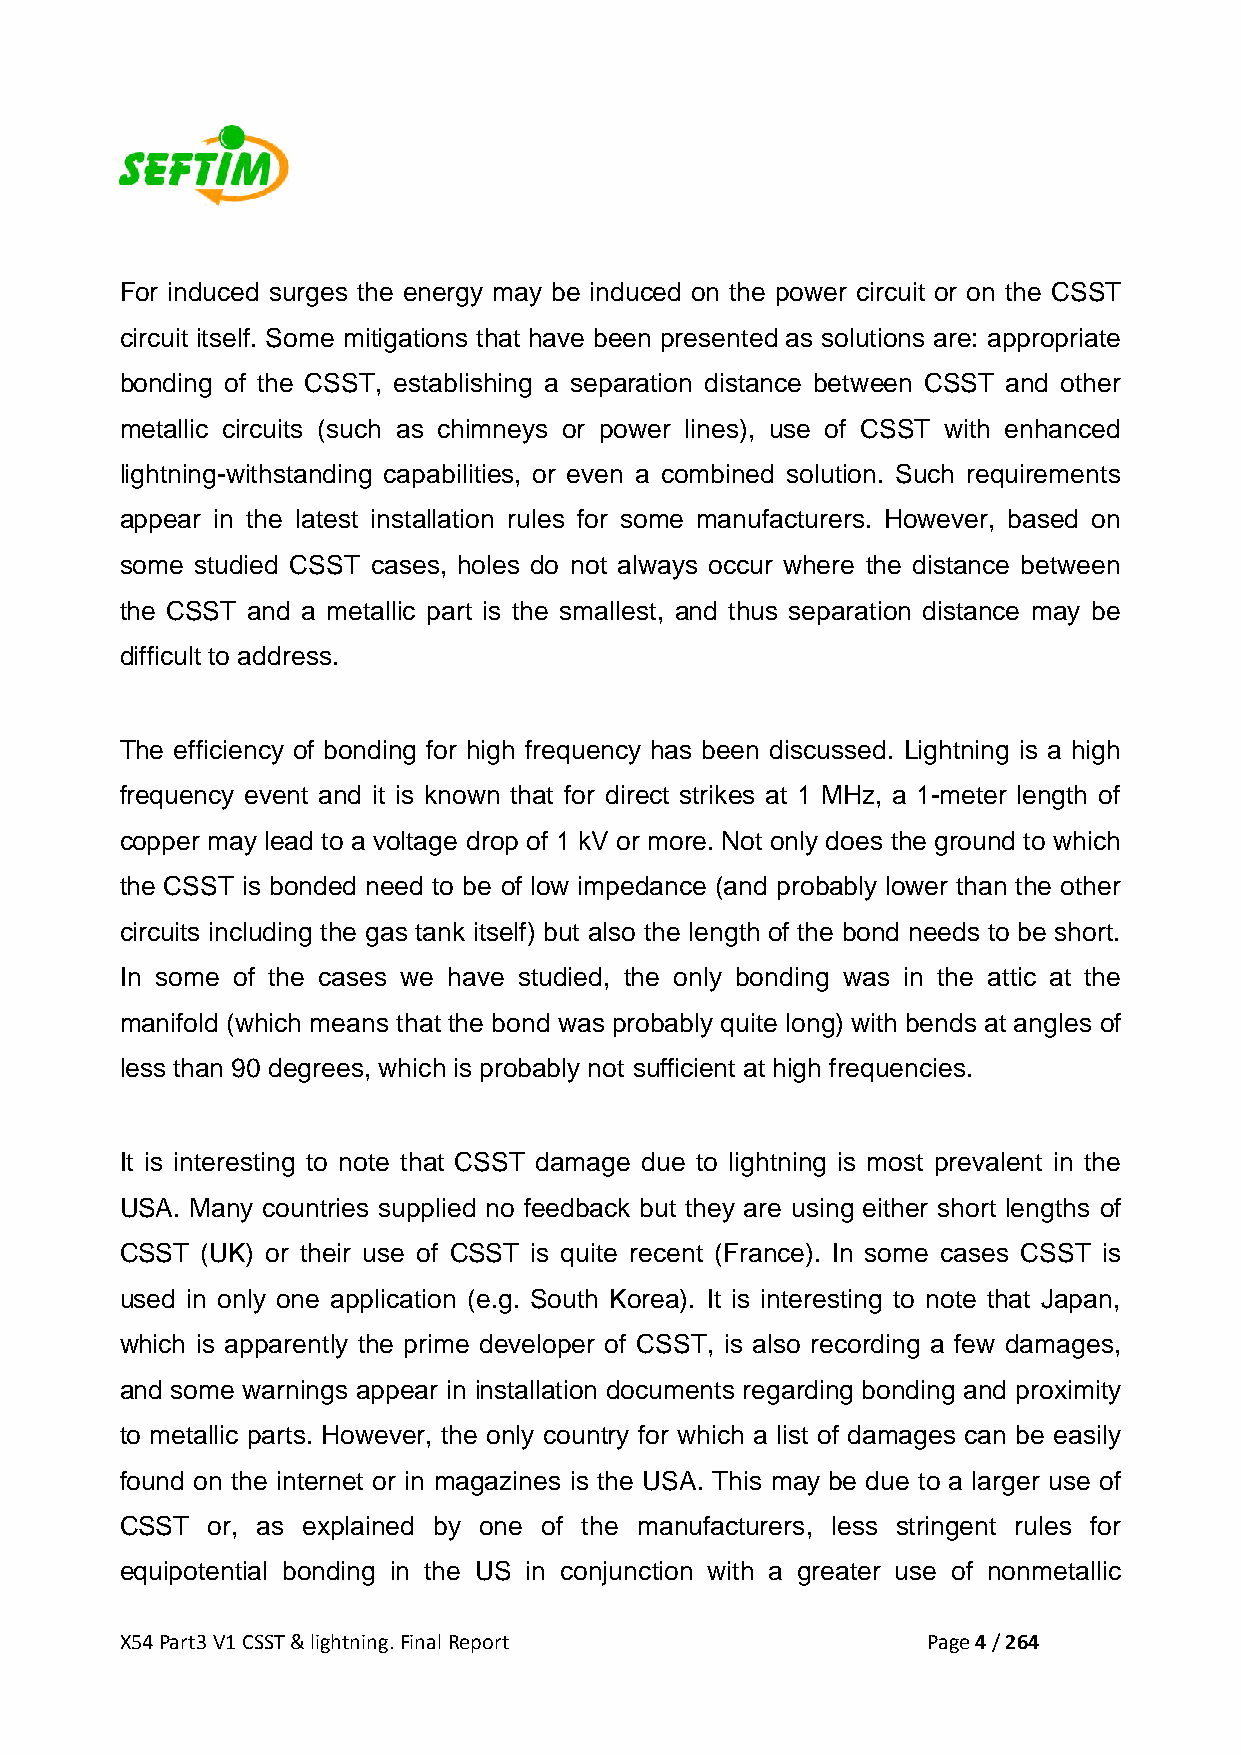
For induced surges the energy may be induced on the power circuit or on the CSST
 circuit itself. Some mitigations that have been presented as solutions are: appropriate
 bonding of the CSST, establishing a separation distance between CSST and other
 metallic circuits (such as chimneys or power lines), use of CSST with enhanced
 lightning-withstanding capabilities, or even a combined solution. Such requirements
 appear in the latest installation rules for some manufacturers. However, based on
 some studied CSST cases, holes do not always occur where the distance between
 the CSST and a metallic part is the smallest, and thus separation distance may be
 difficult to address.
 The efficiency of bonding for high frequency has been discussed. Lightning is a high
 frequency event and it is known that for direct strikes at 1 MHz, a 1-meter length of
 copper may lead to a voltage drop of 1 kV or more. Not only does the ground to which
 the CSST is bonded need to be of low impedance (and probably lower than the other
 circuits including the gas tank itself) but also the length of the bond needs to be short.
 In some of the cases we have studied, the only bonding was in the attic at the
 manifold (which means that the bond was probably quite long) with bends at angles of
 less than 90 degrees, which is probably not sufficient at high frequencies.
 It is interesting to note that CSST damage due to lightning is most prevalent in the
 USA. Many countries supplied no feedback but they are using either short lengths of
 CSST (UK) or their use of CSST is quite recent (France). In some cases CSST is
 used in only one application (e.g. South Korea). It is interesting to note that Japan,
 which is apparently the prime developer of CSST, is also recording a few damages,
 and some warnings appear in installation documents regarding bonding and proximity
 to metallic parts. However, the only country for which a list of damages can be easily
 found on the internet or in magazines is the USA. This may be due to a larger use of
 CSST  or, as explained by one of the manufacturers, less stringent rules for
 equipotential bonding in the US in conjunction with a greater use of nonmetallic
 X54 Part3 V1 CSST & lightning. Final Report          Page 4 / 264